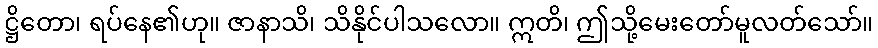
ဋ္ဌိတော၊ ရပ်နေ၏ဟု။ ဇာနာသိ၊ သိနိုင်ပါသလော။ ဣတိ၊ ဤသို့မေးတော်မူလတ်သော်။